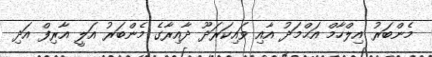
މެންބަރު އިލްހާމް އަޙްމަދު އާއި ވައިކަރަދޫ ދާއިރާގެ މެންބަރު އަލީ އާރިފް އަދި